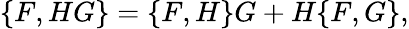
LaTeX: \{ F,HG\} =\{ F,H\} G+H\{ F,G\} ,